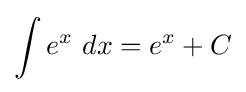
\int e^{x}\ dx=e^{x}+C